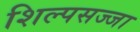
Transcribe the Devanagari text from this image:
शिल्पसज्जा